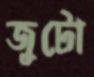
জুটো